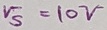
Text: V5=10V